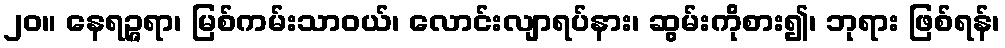
၂၀။ နေရဉ္ဇရာ၊ မြစ်ကမ်းသာဝယ်၊ လောင်းလျာရပ်နား၊ ဆွမ်းကိုစား၍၊ ဘုရား ဖြစ်ရန်၊